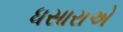
ધસારાએ